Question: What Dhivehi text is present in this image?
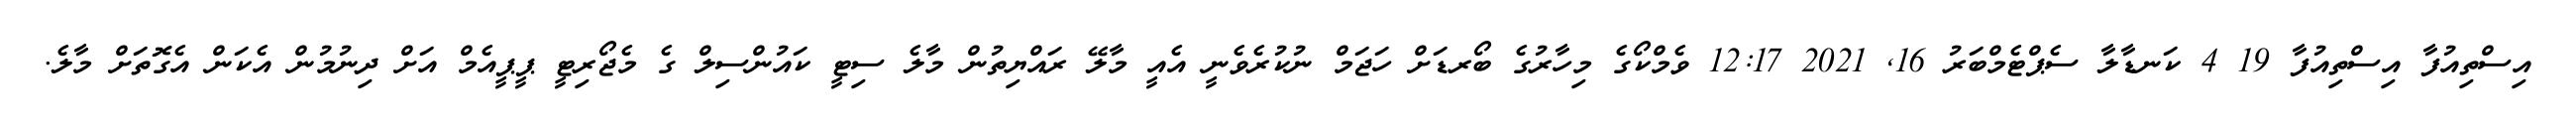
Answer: އިސްތިއުފާ އިސްތިއުފާ 19 4 ކަނޑާލާ ސެޕްޓެމްބަރު 16, 2021 12:17 ވެމްކޯގެ މިހާރުގެ ބޯރޑަށް ހަޖަމް ނުކުރެވެނީ އެއީ މާލޭ ރައްޔިތުން މާލެ ސިޓީ ކައުންސިލް ގެ މެޖޯރިޓީ ޕީޕީއެމް އަށް ދިނުމުން އެކަން އެގޮތަށް މާލެ.